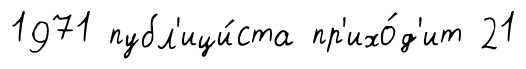
1971 публ'ици́ста пр'ихо́д'ит 21